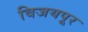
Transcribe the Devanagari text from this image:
विजयपूर